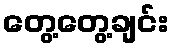
တွေ့တွေ့ချင်း